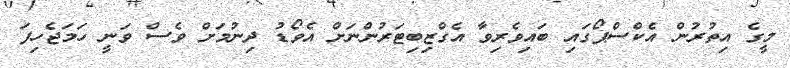
މީގެ އިތުރުން އެކްސްޕޯގައި ބައިވެރިވާ އެގްޒިބިޓަރުންނަށް އެވޯޑު ދިނުމަށް ވެސް ވަނީ ހަމަޖެހިފަ